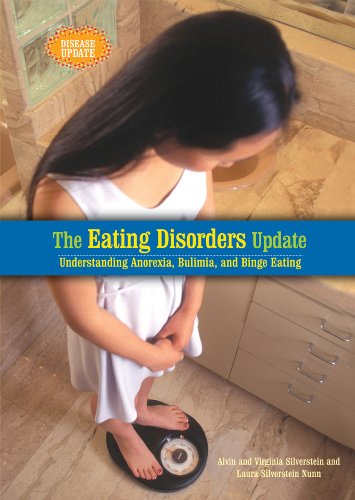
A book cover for The Eating Disorders Update: Understanding Anorexia, Bulimia, and Binge Eating (Disease Update); Alvin Silverstein; Health, Fitness & Dieting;